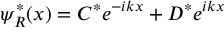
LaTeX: \psi _ { R } ^ { * } ( x ) = C ^ { * } e ^ { - i k x } + D ^ { * } e ^ { i k x }